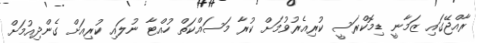
ރާއްޖޭގައި ޒަމާނީ ޑިމޮކްރަސީ ކުރިއެރުވުމަށް ކުރާ މަސައްކަތް ހުއްޓާ ނުލައި ކުރިއަށް ގެންދިއުމަށް